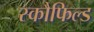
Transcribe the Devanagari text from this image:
स्कौफिल्ड